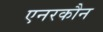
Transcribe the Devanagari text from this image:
एनरकौन